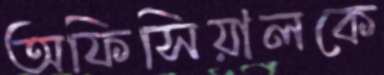
অফিসিয়ালকে